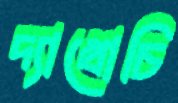
দ্যাখোচি